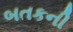
બતકની